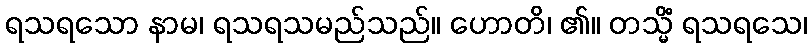
ရသရသော နာမ၊ ရသရသမည်သည်။ ဟောတိ၊ ၏။ တသ္မိံ ရသရသေ၊